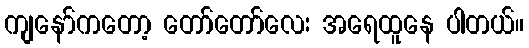
ကျနော်ကတော့ တော်တော်လေး အရေထူနေ ပါတယ်။